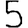
Digit: 5